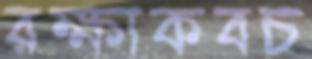
রক্ষাকবচ